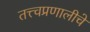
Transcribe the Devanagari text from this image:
तत्त्वप्रणालीचे